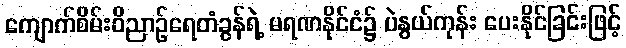
ကျောက်စိမ်းဝိညာဉ်ရေတံခွန်ရဲ့ မရဏနိုင်ငံ၌ ပဲနွယ်ကုန်း ပေးနိုင်ခြင်းဖြင့်